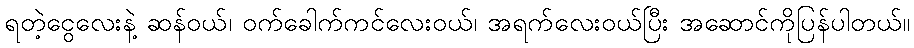
ရတဲ့ငွေလေးနဲ့ ဆန်ဝယ်၊ ဝက်ခေါက်ကင်လေးဝယ်၊ အရက်လေးဝယ်ပြီး အဆောင်ကိုပြန်ပါတယ်။